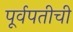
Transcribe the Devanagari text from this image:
पूर्वपतीची